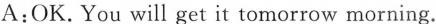
A:OK.You will get it tomorrow morning.